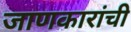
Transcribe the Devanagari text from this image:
जाणकारांची